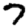
Digit: 7